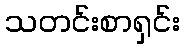
သတင်းစာရှင်း